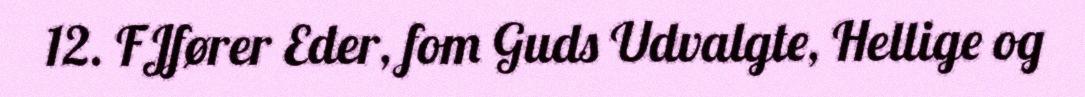
12. FJfører Eder, fom Guds Udvalgte, Hellige og